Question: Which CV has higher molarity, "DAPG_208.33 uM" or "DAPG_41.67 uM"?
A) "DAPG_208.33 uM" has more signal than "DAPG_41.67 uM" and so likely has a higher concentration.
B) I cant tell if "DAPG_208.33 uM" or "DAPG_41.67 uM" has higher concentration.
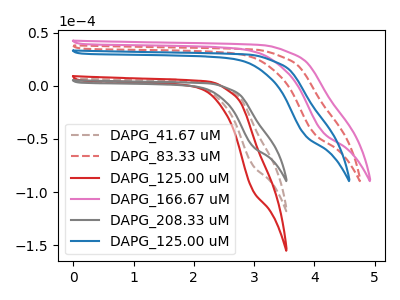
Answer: <think>The brown dashed curve "DAPG_41.67 uM" has no peaks. The red dashed curve "DAPG_83.33 uM" has no peaks. The red curve "DAPG_125.00 uM" has no peaks. The pink curve "DAPG_166.67 uM" has no peaks. The gray curve "DAPG_208.33 uM" has no peaks. The blue curve "DAPG_125.00 uM" has no peaks.
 Neither "DAPG_208.33 uM" or "DAPG_41.67 uM" have any peaks.</think>
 <answer>B) I cant tell if "DAPG_208.33 uM" or "DAPG_41.67 uM" has higher concentration.</answer>
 <eval>B</eval>